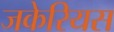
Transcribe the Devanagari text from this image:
जकेरियस